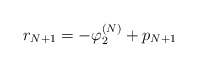
\begin{align*}r_{N+1}=-\varphi_2^{(N)}+p_{N+1}\end{align*}